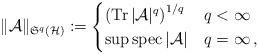
LaTeX: \begin{align*}\|\mathcal{A}\|_{\mathfrak{S}^q(\mathcal{H})} :=\begin{cases}\left(\mathrm{Tr}\,|\mathcal{A}|^q\right)^{1/q} & q< \infty \\\sup \mathrm{spec} \, |\mathcal{A}| & q=\infty\,,\end{cases}\end{align*}